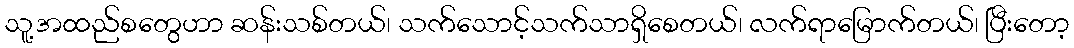
သူ့အထည်စတွေဟာ ဆန်းသစ်တယ်၊ သက်သောင့်သက်သာရှိစေတယ်၊ လက်ရာမြောက်တယ်၊ ပြီးတော့